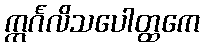
ဣင်္ဂလိသပေါတ္ထကေ